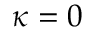
\kappa = 0